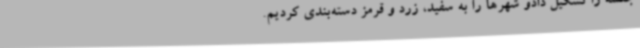
جلسه را تشکیل دادو شهرها را به سفید، زرد و قرمز دسته‌بندی کردیم.